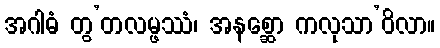
အဂါဓံ တွ’တလမ္ဖဿံ၊ အနစ္ဆော ကလုသာ’ဝိလာ။